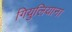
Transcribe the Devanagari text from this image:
गियुलियाना